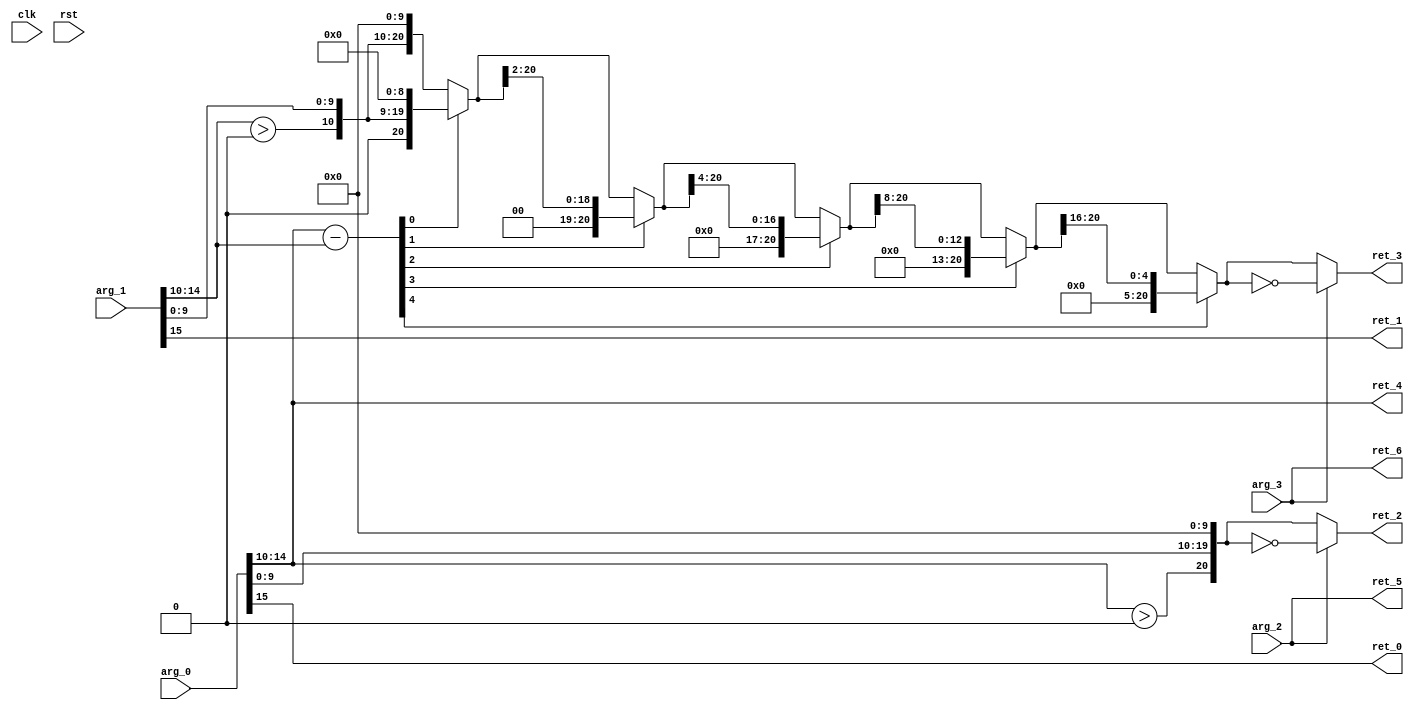
module FP16RAddSubS1Of5(
 input 	       clk,
 input 	       rst,
 input [15:0]  arg_0,
 input [15:0]  arg_1,
 input 	       arg_2,
 input 	       arg_3,
 output        ret_0,
 output        ret_1,
 output [20:0] ret_2,
 output [20:0] ret_3,
 output [4:0]  ret_4,
 output        ret_5,
 output        ret_6);
   wire [15:0] x;
   wire [15:0] y;
   wire        xn;
   wire        yn;
   wire [4:0]  xe;
   wire [4:0]  ye;
   wire        x1;
   wire        y1;
   wire [9:0]  xf;
   wire [9:0]  yf;
   wire [20:0] xr;
   wire [20:0] xrn;
   wire [20:0] yr10;
   wire [4:0]  d;
   wire [20:0] yr1;
   wire [20:0] yr2;
   wire [20:0] yr4;
   wire [20:0] yr8;
   wire [20:0] yr16;   
   wire [20:0] yrn;
   assign x = arg_0;
   assign y = arg_1;
   assign xn = arg_2;
   assign yn = arg_3;
   assign xe = x[14:10];
   assign ye = y[14:10];
   assign xf = x[9:0];
   assign yf = y[9:0];
   assign x1 = xe > 0;
   assign y1 = ye > 0;
   assign xr = {x1, xf, 10'b0};
   assign xrn = xn ? ~xr : xr;
   assign yr10 = {y1, yf, 10'b0};
   assign d = xe - ye;
   assign yr1 = d[0:0] ? {1'b0, yr10[20:1]} : yr10;
   assign yr2 = d[1:1] ? {2'b0, yr1[20:2]} : yr1;
   assign yr4 = d[2:2] ? {4'b0, yr2[20:4]} : yr2;
   assign yr8 = d[3:3] ? {8'b0, yr4[20:8]} : yr4;
   assign yr16 = d[4:4] ? {16'b0, yr8[20:16]} : yr8;
   assign yrn = yn ? ~yr16 : yr16;
   assign ret_0 = x[15];
   assign ret_1 = y[15];
   assign ret_2 = xrn;
   assign ret_3 = yrn;
   assign ret_4 = xe;
   assign ret_5 = xn;
   assign ret_6 = yn;
endmodule